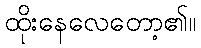
ထိုးနေလေတော့၏။